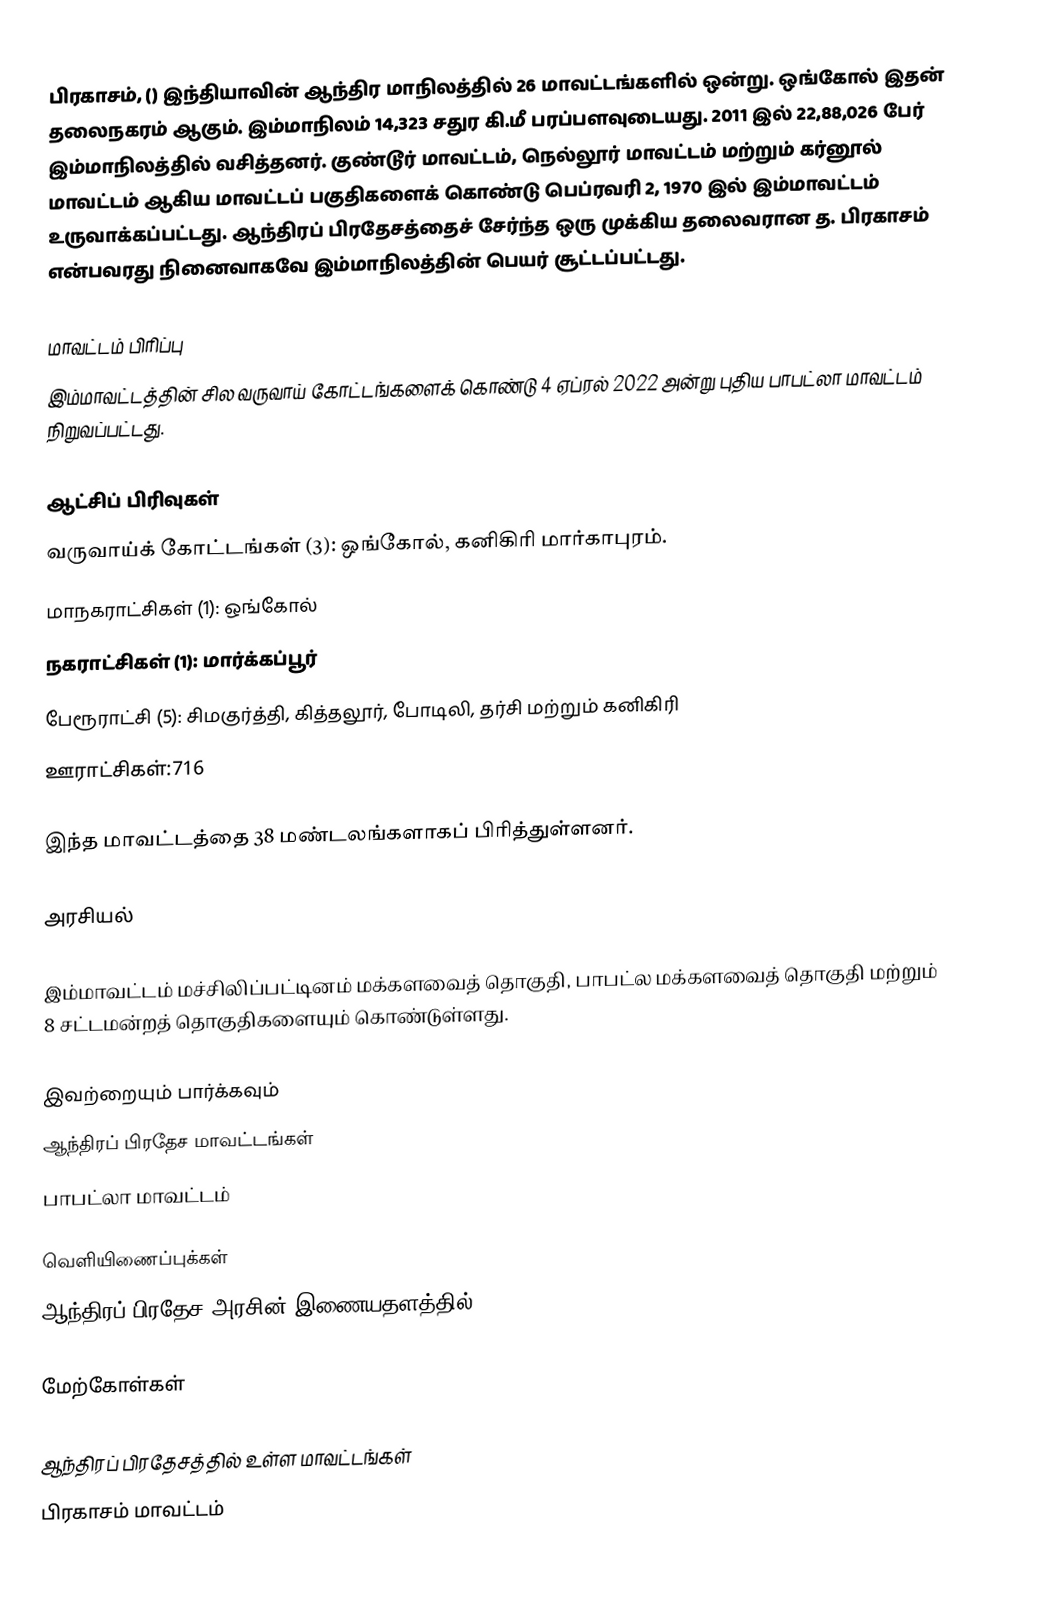
பிரகாசம், () இந்தியாவின் ஆந்திர மாநிலத்தில் 26 மாவட்டங்களில் ஒன்று. ஒங்கோல் இதன் தலைநகரம் ஆகும். இம்மாநிலம் 14,323 சதுர கி.மீ பரப்பளவுடையது. 2011 இல் 22,88,026 பேர் இம்மாநிலத்தில் வசித்தனர். குண்டூர் மாவட்டம், நெல்லூர் மாவட்டம் மற்றும்  கர்னூல் மாவட்டம் ஆகிய மாவட்டப் பகுதிகளைக் கொண்டு பெப்ரவரி 2, 1970 இல் இம்மாவட்டம் உருவாக்கப்பட்டது. ஆந்திரப் பிரதேசத்தைச் சேர்ந்த ஒரு முக்கிய தலைவரான த. பிரகாசம் என்பவரது நினைவாகவே இம்மாநிலத்தின் பெயர் சூட்டப்பட்டது.

மாவட்டம் பிரிப்பு
இம்மாவட்டத்தின் சில வருவாய் கோட்டங்களைக் கொண்டு 4 ஏப்ரல் 2022 அன்று  புதிய பாபட்லா மாவட்டம் நிறுவப்பட்டது.

ஆட்சிப் பிரிவுகள்
 வருவாய்க் கோட்டங்கள் (3): ஒங்கோல், கனிகிரி மார்காபுரம்.
 மாநகராட்சிகள் (1): ஒங்கோல்
 நகராட்சிகள் (1): மார்க்கப்பூர்
 பேரூராட்சி (5): சிமகுர்த்தி, கித்தலூர், போடிலி, தர்சி மற்றும் கனிகிரி
 ஊராட்சிகள்:716

இந்த மாவட்டத்தை 38 மண்டலங்களாகப் பிரித்துள்ளனர்.

அரசியல்

இம்மாவட்டம் மச்சிலிப்பட்டினம் மக்களவைத் தொகுதி, பாபட்ல மக்களவைத் தொகுதி மற்றும் 8 சட்டமன்றத் தொகுதிகளையும் கொண்டுள்ளது.

இவற்றையும் பார்க்கவும்
 ஆந்திரப் பிரதேச மாவட்டங்கள்
 பாபட்லா மாவட்டம்

வெளியிணைப்புக்கள்
 ஆந்திரப் பிரதேச அரசின் இணையதளத்தில்

மேற்கோள்கள்

ஆந்திரப் பிரதேசத்தில் உள்ள மாவட்டங்கள்
பிரகாசம் மாவட்டம்